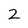
Character: 2